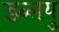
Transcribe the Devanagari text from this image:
डब्लयु